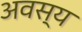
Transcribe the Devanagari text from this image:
अवस्य